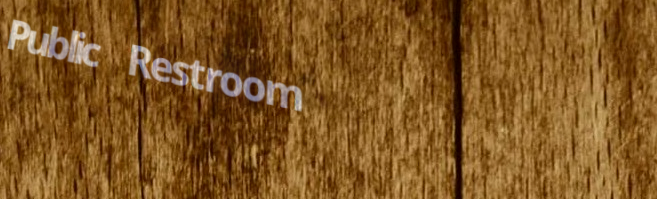
Public Restroom